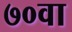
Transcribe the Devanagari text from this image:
७०वा